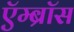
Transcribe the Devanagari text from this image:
ऍम्ब्रॉस